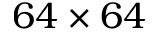
6 4 \times 6 4